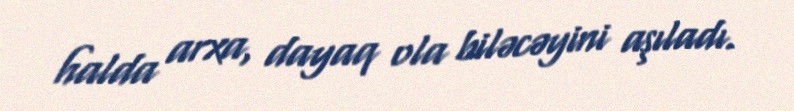
halda arxa, dayaq ola biləcəyini aşıladı.